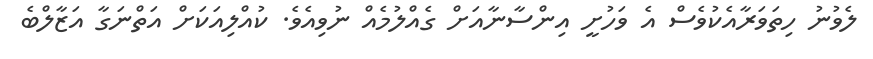
ލެވުނު ހިތަވަރާއެކުވެސް އެ ވަހުށީ އިންސާނާއަށް ގެއްލުމެއް ނުވިއެވެ. ކުއްލިއަކަށް އަތްނަގާ އަޒާލްބެ